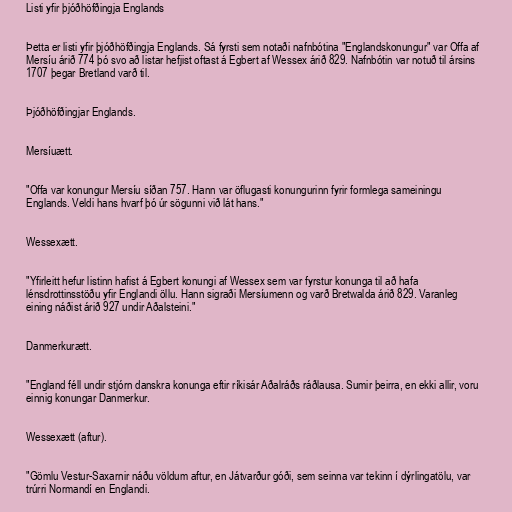
Listi yfir þjóðhöfðingja Englands

Þetta er listi yfir þjóðhöfðingja Englands. Sá fyrsti sem notaði nafnbótina "Englandskonungur" var Offa af
Mersíu árið 774 þó svo að listar hefjist oftast á Egbert af Wessex árið 829. Nafnbótin var notuð til ársins
1707 þegar Bretland varð til.

Þjóðhöfðingjar Englands.

Mersíuætt.

"Offa var konungur Mersíu síðan 757. Hann var öflugasti konungurinn fyrir formlega sameiningu
Englands. Veldi hans hvarf þó úr sögunni við lát hans."

Wessexætt.

"Yfirleitt hefur listinn hafist á Egbert konungi af Wessex sem var fyrstur konunga til að hafa
lénsdrottinsstöðu yfir Englandi öllu. Hann sigraði Mersíumenn og varð Bretwalda árið 829. Varanleg
eining náðist árið 927 undir Aðalsteini."

Danmerkurætt.

"England féll undir stjórn danskra konunga eftir ríkisár Aðalráðs ráðlausa. Sumir þeirra, en ekki allir, voru
einnig konungar Danmerkur.

Wessexætt (aftur).

"Gömlu Vestur-Saxarnir náðu völdum aftur, en Játvarður góði, sem seinna var tekinn í dýrlingatölu, var
trúrri Normandí en Englandi.